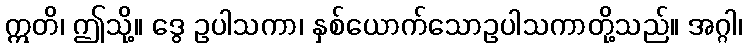
ဣတိ၊ ဤသို့။ ဒွေ ဥပါသကာ၊ နှစ်ယောက်သောဥပါသကာတို့သည်။ အဂ္ဂါ၊